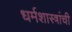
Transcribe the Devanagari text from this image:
धर्मशास्त्रांची